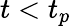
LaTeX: t<t_{p}